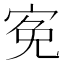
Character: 𡨚